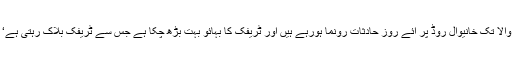
اسی طرح تاجروں نے کہاکہ چونگی نمبر9سے چوک کمہاراں والا تک خانیوال روڈ پر آئے روز حادثات رونما ہورہے ہیں اور ٹریفک کا بہائو بہت بڑھ چکا ہے جس سے ٹریفک بلاک رہتی ہے‘ اس پر تاجروں نے تجویز دی کہ اس سڑک کو کشادہ کیا جائے۔